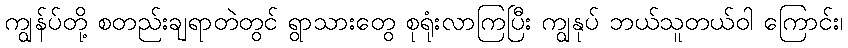
ကျွန်ပ်တို့ စတည်းချရာတဲတွင် ရွာသားတွေ စုရုံးလာကြပြီး ကျွနုပ် ဘယ်သူတယ်ဝါ ကြောင်း၊